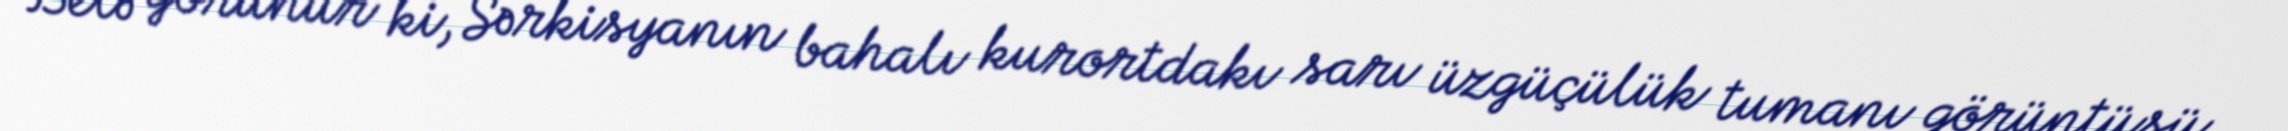
Belə görünür ki, Sərkisyanın bahalı kurortdakı sarı üzgüçülük tumanı görüntüsü